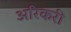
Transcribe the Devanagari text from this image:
अरिकरी